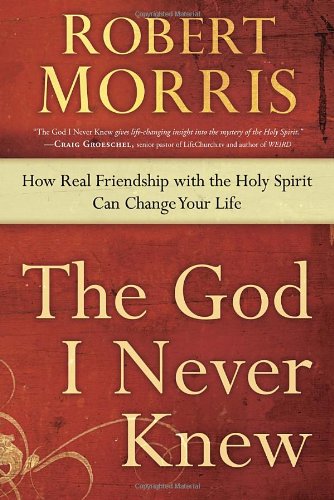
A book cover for The God I Never Knew: How Real Friendship with the Holy Spirit Can Change Your Life; Robert Morris; Religion & Spirituality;